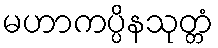
မဟာကပ္ပိနသုတ္တံ